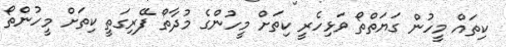
ކިތައް މީހުން ގަޔަތްތޯ ވަޅިހެރީ ކިތަށް މީހުންގެ މުދާތޯ ފޭރިގަތީ ކިތަށް މީހުންތޯ